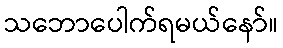
သဘောပေါက်ရမယ်နော်။